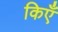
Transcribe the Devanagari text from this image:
किएँ